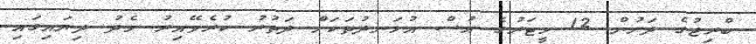
ބްރިޖުގެ ދަށުން 12 މީޓަރުގެ އުސް އުޅަނދުތަކަށް ދަތުރު ކުރެވޭއިރު މެދު ދިޔައިގައި